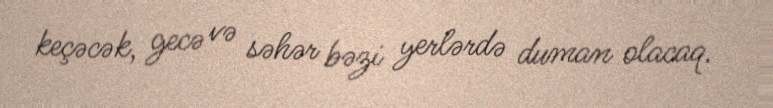
keçəcək, gecə və səhər bəzi yerlərdə duman olacaq.